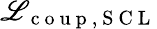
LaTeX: \mathscr{L}_{\mathrm{{~c~o~u~p~,~S~C~L~}}}